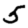
Digit: 5